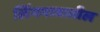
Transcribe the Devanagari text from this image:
लिंगभावातील